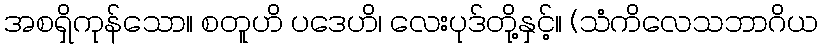
အစရှိကုန်သော။ စတူဟိ ပဒေဟိ၊ လေးပုဒ်တို့နှင့်။ (သံကိလေသဘာဂိယ